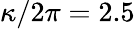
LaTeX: \kappa/2\pi=2.5